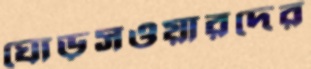
ঘোড়সওয়ারদের